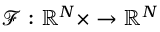
\mathcal { F } : \mathbb { R } ^ { N } \times \to \mathbb { R } ^ { N }